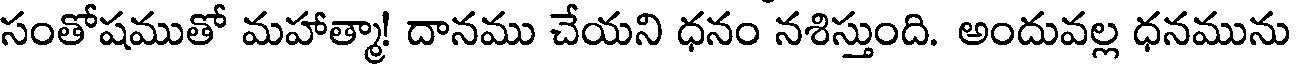
సంతోషముతో మహాత్మా! దానము చేయని ధనం నశిస్తుంది. అందువల్ల ధనమును